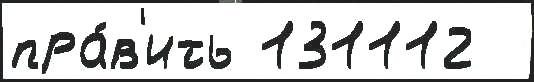
пра́в'ить 131112